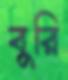
বুরি